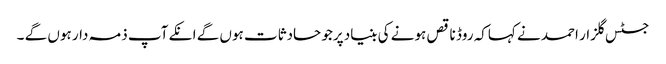
جسٹس گلزار احمد نے کہاکہ روڈ ناقص ہونے کی بنیاد پرجو حادثات ہوں گے انکے آپ ذمہ دار ہوں گے ۔